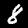
Digit: 8